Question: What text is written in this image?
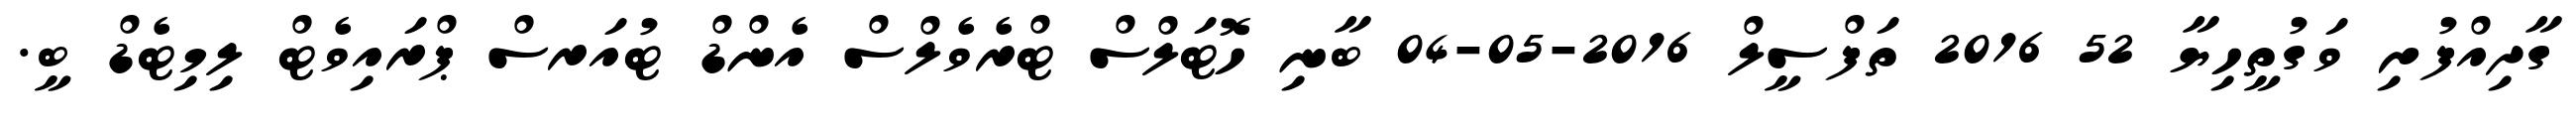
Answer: ގާދިއްފުށި ވަގުތީހިޔާ 52 2016 ތަފްސީލް 2016-05-04 ބާނި ހޮޓަލްސް ޓްރެވެލްސް އެންޑް ޓުއަރސް ޕްރައިވެޓް ލިމިޓެޑް ބީ.